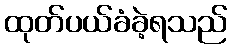
ထုတ်ပယ်ခံခဲ့ရသည်